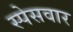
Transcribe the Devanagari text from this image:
स्पेसवार